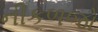
નીકળજો